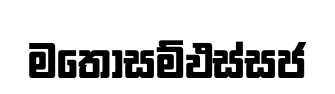
මතොසම්ඵස්සජ